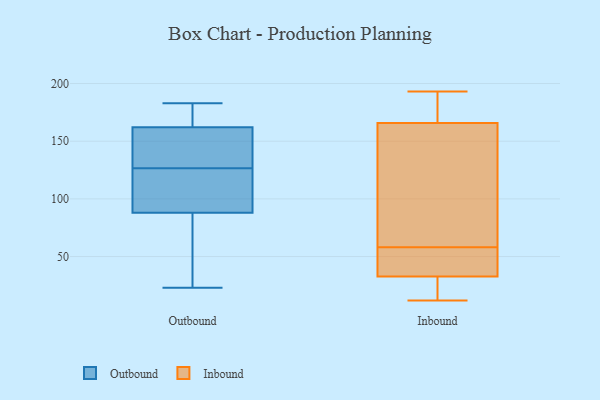
{"axis": {"x": "Backlog", "y": "Value"}, "legend": ["Inbound", "Outbound"], "data": [{"x": "", "y": 83, "type": "Outbound"}, {"x": "", "y": 177, "type": "Outbound"}, {"x": "", "y": 183, "type": "Outbound"}, {"x": "", "y": 155, "type": "Outbound"}, {"x": "", "y": 23, "type": "Outbound"}, {"x": "", "y": 56, "type": "Outbound"}, {"x": "", "y": 166, "type": "Outbound"}, {"x": "", "y": 142, "type": "Outbound"}, {"x": "", "y": 162, "type": "Outbound"}, {"x": "", "y": 24, "type": "Outbound"}, {"x": "", "y": 129, "type": "Outbound"}, {"x": "", "y": 143, "type": "Outbound"}, {"x": "", "y": 88, "type": "Outbound"}, {"x": "", "y": 93, "type": "Outbound"}, {"x": "", "y": 163, "type": "Outbound"}, {"x": "", "y": 91, "type": "Outbound"}, {"x": "", "y": 119, "type": "Outbound"}, {"x": "", "y": 124, "type": "Outbound"}, {"x": "", "y": 168, "type": "Inbound"}, {"x": "", "y": 26, "type": "Inbound"}, {"x": "", "y": 95, "type": "Inbound"}, {"x": "", "y": 177, "type": "Inbound"}, {"x": "", "y": 47, "type": "Inbound"}, {"x": "", "y": 12, "type": "Inbound"}, {"x": "", "y": 58, "type": "Inbound"}, {"x": "", "y": 149, "type": "Inbound"}, {"x": "", "y": 28, "type": "Inbound"}, {"x": "", "y": 47, "type": "Inbound"}, {"x": "", "y": 159, "type": "Inbound"}, {"x": "", "y": 48, "type": "Inbound"}, {"x": "", "y": 193, "type": "Inbound"}, {"x": "", "y": 22, "type": "Inbound"}, {"x": "", "y": 175, "type": "Inbound"}]}